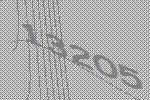
13205